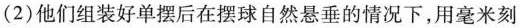
(2)他们组装好单摆后在摆球自然悬垂的情况下，用毫米刻